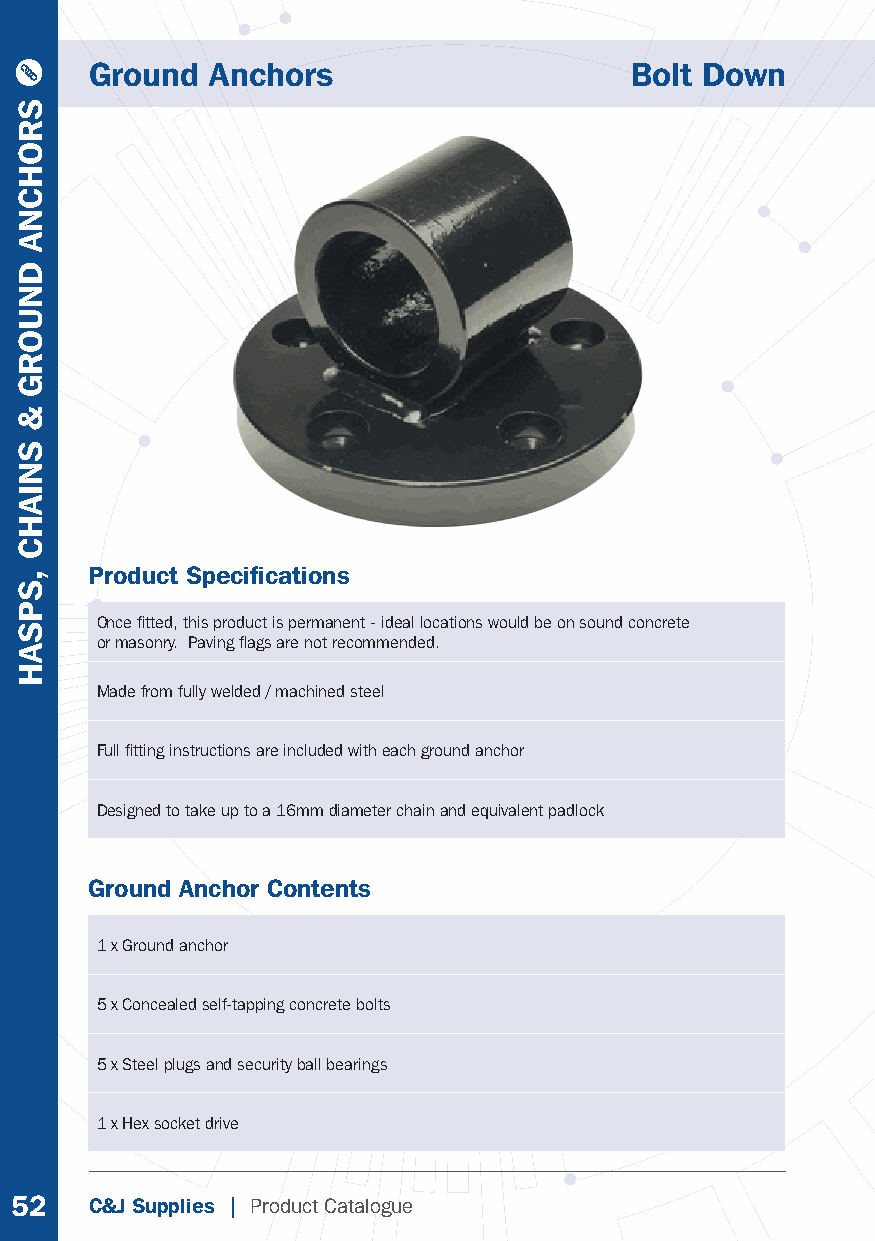
Ground  Anchors                     Bolt Down
 Product Specifi cations
 Once fi tted, this product is permanent - ideal locations would be on sound concrete
 or masonry. Paving fl ags are not recommended.
 Made from fully welded / machined steel
 Full fi tting instructions are included with each ground anchor
 Designed to take up to a 16mm diameter chain and equivalent padlock
 Ground Anchor Contents
 1 x Ground anchor
 5 x Concealed self-tapping concrete bolts
 5 x Steel plugs and security ball bearings
 1 x Hex socket drive
 52   C&J Supplies | Product Catalogue
 SROHCNA
 DNUORG
 &
 SNIAHC
 ,SPSAH